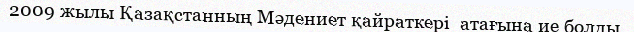
2009 жылы Қазақстанның Мәдениет қайраткері  атағына ие болды.